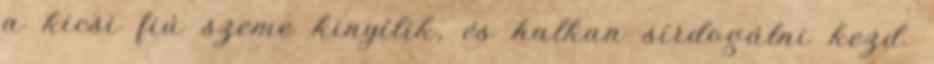
a kicsi fiú szeme kinyílik, és halkan sírdogálni kezd.